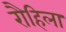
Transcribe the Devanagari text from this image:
रौहिला